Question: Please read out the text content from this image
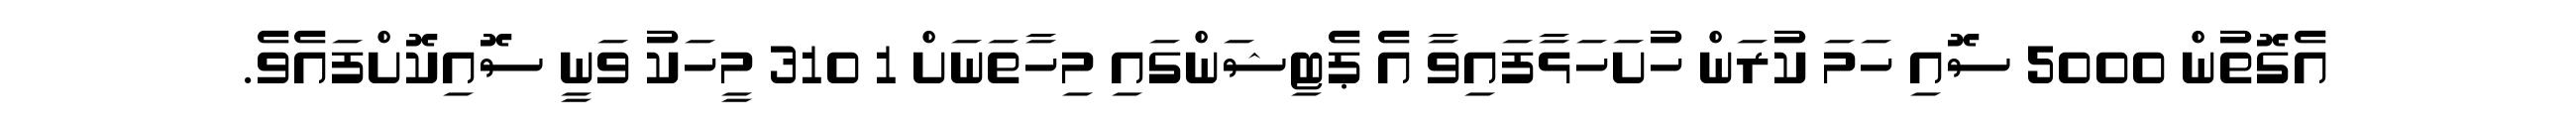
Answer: އެގޮތުން 5000 ސޮއި ހަމަ ކުރަން ހުށަހަޅާފައިވާ އެ ޕެޓިޝަންގައި މިހާތަނަށް 1 310 މީހަކު ވަނީ ސޮއިކޮށްފައެވެ.